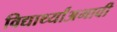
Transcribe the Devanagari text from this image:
विद्यार्थ्यांअभावी